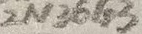
Text: 2N3643